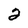
Character: 2